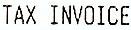
TAX INVOICE